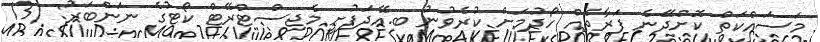
މަސައްކަތް ކޮށްދޭނެ ފަރާތެއް ހޯދުމަށް ކުރެވުނު ބ.އޭދަފުށީ މެޖިސްޓްރޭޓް ކޯޓުގެ ނަންބަރު: (13